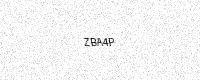
Text: ZBA4P